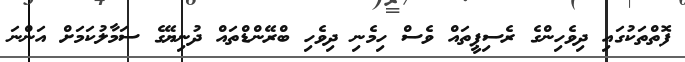
ފޮތްތަކުގައި ދިވެހިންގެ ރެސިޕީތައް ވެސް ހިމެނި ދިވެހި ބްރޭންޑްތައް ދުނިޔޭގެ ސަމާލުކަމަށް އަންނަ